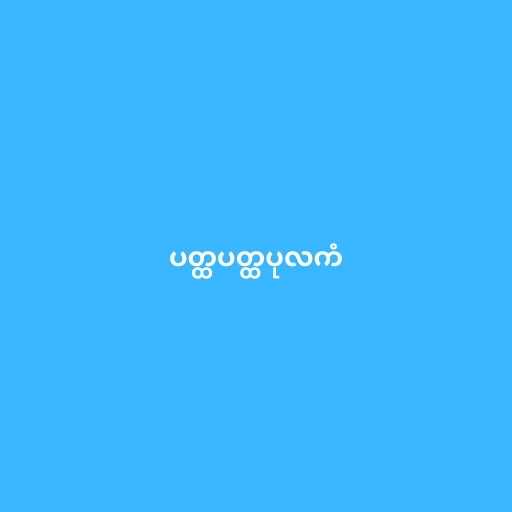
ပတ္ထပတ္ထပုလကံ